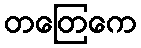
တတြေကေ